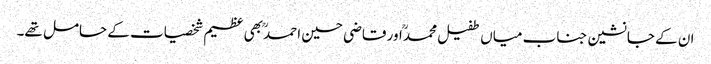
ان کے جانشین جناب میاں طفیل محمدؒ اور قاضی حسین احمدؒ بھی عظیم شخصیات کے حامل تھے۔